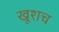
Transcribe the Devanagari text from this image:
खूशच